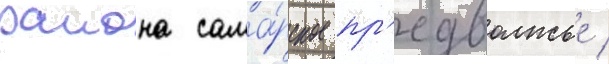
раиона сама́рское пр'едволжье /